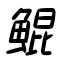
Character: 鯤